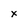
Character: x